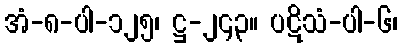
အံ-၈-ပါ-၁၂၅၊ ဋ္ဌ-၂၄၃။ ပဋိသံ-ပါ-၆၊